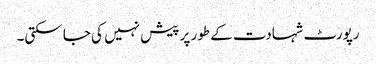
رپورٹ شہادت کے طور پر پیش نہیں کی جا سکتی۔